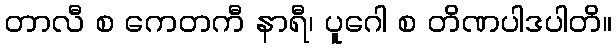
တာလီ စ ကေတကီ နာရီ၊ ပူဂေါ စ တိဏပါဒပါတိ။